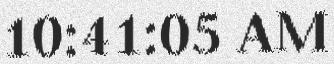
10:41:05 AM